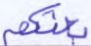
بعثكم